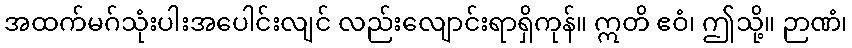
အထက်မဂ်သုံးပါးအပေါင်းလျင် လည်းလျောင်းရာရှိကုန်။ ဣတိ ဧဝံ၊ ဤသို့။ ဉာဏံ၊